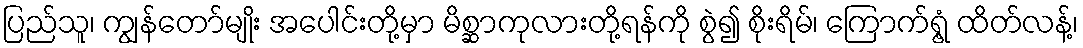
ပြည်သူ၊ ကျွန်တော်မျိုး အပေါင်းတို့မှာ မိစ္ဆာကုလားတို့ရန်ကို စွဲ၍ စိုးရိမ်၊ ကြောက်ရွံ့ ထိတ်လန့်၊